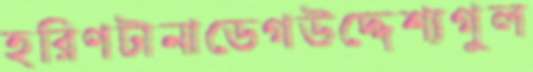
হরিণটানাডেগউদ্দেশ্যগুল